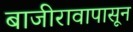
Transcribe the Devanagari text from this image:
बाजीरावापासून